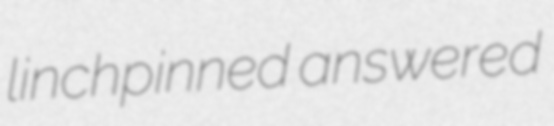
linchpinned answered